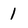
Character: 1